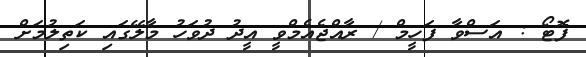
ފޮޓޯ : އަސްވާ ފަހީމް / ރާއްޖެއެމްވީ އީދު ދުވަހު މާލޭގައި ކަތިލުމަށް